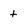
Character: t